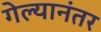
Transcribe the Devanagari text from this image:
गेल्‍यानंतर